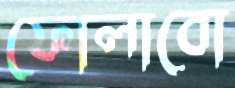
ফোলাবো